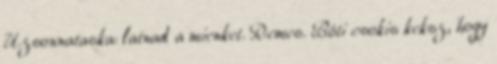
Uzsonnataska: latnad a mienket. Remes. Bóti csokis keksz, hogy